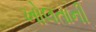
ખોલતાની